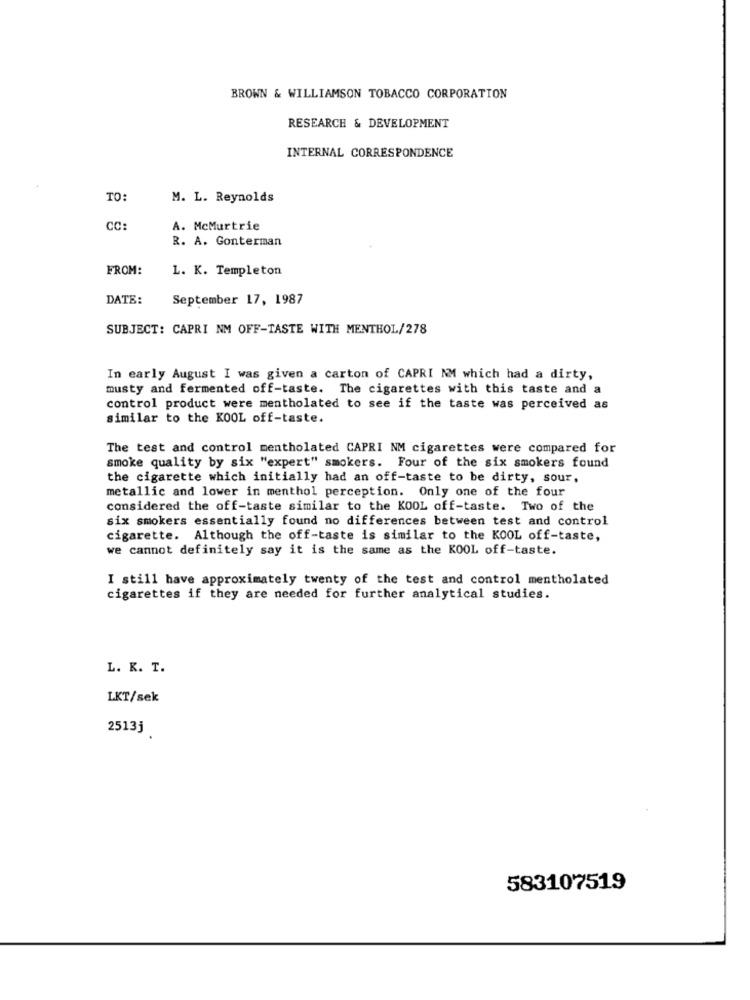
BROWN & WILLIAMSON TOBACCO CORPORATION
RESEARCH & DEVELOPMENT
INTERNAL CORRESPONDENCE
TO:
M. L. Reynolds
CC:
A. McMurtrie
R. A. Gonterman
FROM:
L. K. Templeton
DATE:
September 17, 1987
SUBJECT: CAPRI NM OFF-TASTE WITH MENTHOL/278
In early August I was given a carton of CAPRI NM which had a dirty,
musty and fermented off-taste. The cigarettes with this taste and a
control product were mentholated to see if the taste was perceived as
similar to the KOOL off-taste.
The test and control mentholated CAPRI NM cigarettes were compared for
smoke quality by six "expert" smokers. Four of the six smokers found
the cigarette which initially had an off-taste to be dirty, sour.
metallic and lower in menthol perception. Only one of the four
considered the off-taste similar to the KOOL off-taste. Two of the
six smokers essentially found no differences between test and control
cigarette. Although the off-taste is similar to the KOOL off-taste,
we cannot definitely say it is the same as the KOOL off-taste.
I still have approximately twenty of the test and control mentholated
cigarettes if they are needed for further analytical studies.
L. R. T.
LKT/sek
2513j
583107519